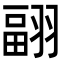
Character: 𦑭